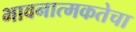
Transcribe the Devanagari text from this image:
भावनात्मकतेचा